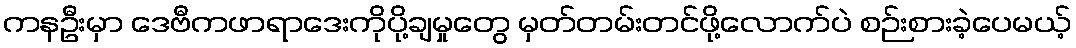
ကနဦးမှာ ဒေဗီကဖာရာဒေးကိုပို့ချမှုတွေ မှတ်တမ်းတင်ဖို့လောက်ပဲ စဉ်းစားခဲ့ပေမယ့်